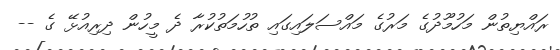
ރައްޔިތުން މަހުމޫދުގެ މަރުގެ މައްސަލައިގައި ތުހުމަތުކުރާ ދެ މީހުން ދިރިއުޅޭ ގެ --